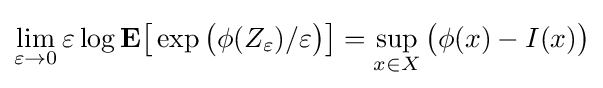
\lim _{\varepsilon \to 0}\varepsilon \log \mathbf {E} {\big [}\exp {\big (}\phi (Z_{\varepsilon })/\varepsilon {\big )}{\big ]}=\sup _{x\in X}{\big (}\phi (x)-I(x){\big )}